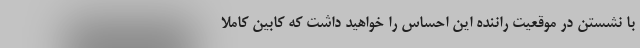
با نشستن در موقعیت راننده این احساس را خواهید داشت که کابین کاملاً